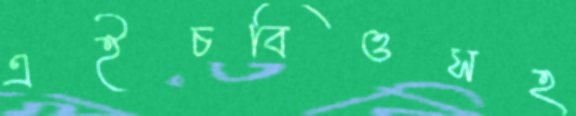
এইচবিওসহ